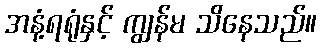
အနံ့ရရုံနှင့် ကျွန်မ သိနေသည်။